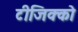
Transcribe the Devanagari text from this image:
टीजिक्को